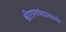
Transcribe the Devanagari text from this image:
श्रीरामचंद्रासाठी